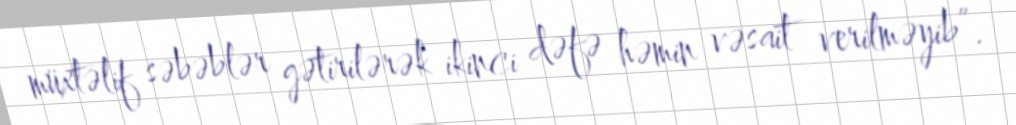
müxtəlif səbəblər gətirilərək ikinci dəfə həmin vəsait verilməyib”.